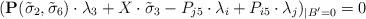
LaTeX: \begin{align*} (\mathbf{P}(\tilde\sigma_2,\tilde\sigma_6)\cdot\lambda_3+X\cdot\tilde\sigma_3-P_{j5}\cdot\lambda_i+P_{i5}\cdot\lambda_j)_{|B'=0}=0\end{align*}